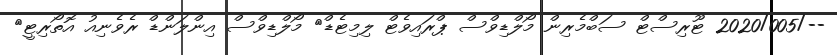
--/2020/005 ޓޫރިސްޓް ސަބްމެރިން މޯލްޑިވްސް ޕްރައިވެޓް ލިމިޓެޑް	 މޯލްޑިވްސް އިންލަންޑް ރެވެނިއު އޮތޯރިޓީ